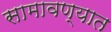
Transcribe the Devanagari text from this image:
सामावण्यात